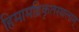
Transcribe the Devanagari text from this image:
हिमामद्रिकृतस्थलाम्